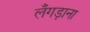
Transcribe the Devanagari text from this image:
लँगड़ाना